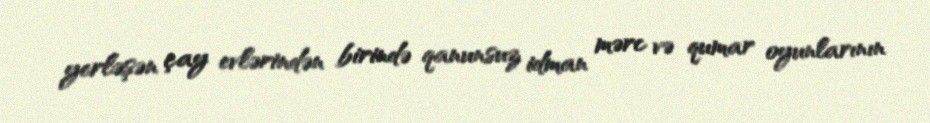
yerləşən çay evlərindən birində qanunsuz idman mərc və qumar oyunlarının